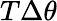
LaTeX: T\Delta\theta